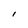
Character: l